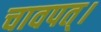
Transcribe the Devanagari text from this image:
चावपत्।